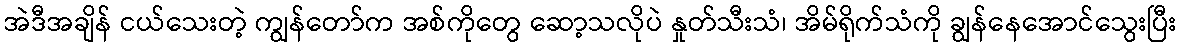
အဲဒီအချိန် ငယ်သေးတဲ့ ကျွန်တော်က အစ်ကိုတွေ ဆော့သလိုပဲ နှုတ်သီးသံ၊ အိမ်ရိုက်သံကို ချွန်နေအောင်သွေးပြီး